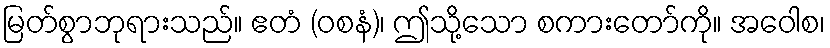
မြတ်စွာဘုရားသည်။ ဧတံ (ဝစနံ)၊ ဤသို့သော စကားတော်ကို။ အဝေါစ၊